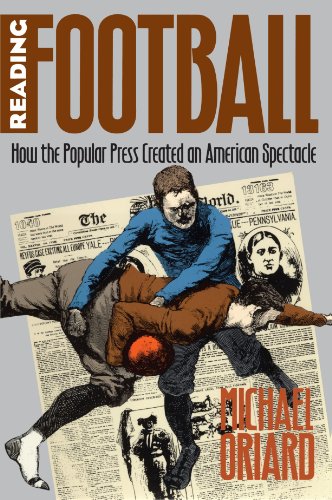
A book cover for Reading Football: How the Popular Press Created an American Spectacle (Cultural Studies of the United States); Michael Oriard; Sports & Outdoors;